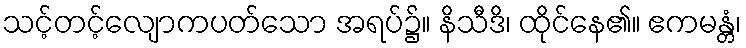
သင့်တင့်လျောကပတ်သော အရပ်၌။ နိသီဒိ၊ ထိုင်နေ၏။ ဧကမန္တံ၊